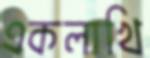
একলাখি